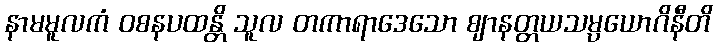
နာမမူလကံ ဝစနပထန္တိ သူလ တကာရာဒေသော ဈာနတ္တယသမ္ပယောဂိနီတိ